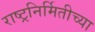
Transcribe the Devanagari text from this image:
राष्ट्रनिर्मितीच्या